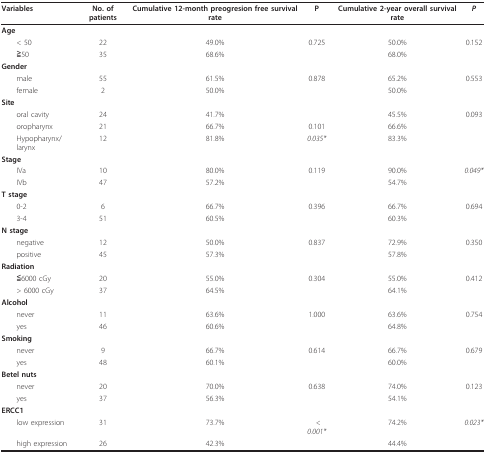
<table><thead><tr><td><b>Variables</b></td><td><b>No. of patients</b></td><td><b>Cumulative 12-month preogresion free survival rate</b></td><td><b>P</b></td><td><b>Cumulative 2-year overall survival rate</b></td><td><b><i>P</i></b></td></tr></thead><tbody><tr><td><b>Age</b></td><td></td><td></td><td></td><td></td><td></td></tr><tr><td> &lt; 50</td><td>22</td><td>49.0%</td><td>0.725</td><td>50.0%</td><td>0.152</td></tr><tr><td> ≧50</td><td>35</td><td>68.6%</td><td></td><td>68.0%</td><td></td></tr><tr><td><b>Gender</b></td><td></td><td></td><td></td><td></td><td></td></tr><tr><td> male</td><td>55</td><td>61.5%</td><td>0.878</td><td>65.2%</td><td>0.553</td></tr><tr><td> female</td><td>2</td><td>50.0%</td><td></td><td>50.0%</td><td></td></tr><tr><td><b>Site</b></td><td></td><td></td><td></td><td></td><td></td></tr><tr><td> oral cavity</td><td>24</td><td>41.7%</td><td></td><td>45.5%</td><td>0.093</td></tr><tr><td> oropharynx</td><td>21</td><td>66.7%</td><td>0.101</td><td>66.6%</td><td></td></tr><tr><td> Hypopharynx/larynx</td><td>12</td><td>81.8%</td><td><i>0.035*</i></td><td>83.3%</td><td></td></tr><tr><td><b>Stage</b></td><td></td><td></td><td></td><td></td><td></td></tr><tr><td> IVa</td><td>10</td><td>80.0%</td><td>0.119</td><td>90.0%</td><td><i>0.049*</i></td></tr><tr><td> IVb</td><td>47</td><td>57.2%</td><td></td><td>54.7%</td><td></td></tr><tr><td><b>T stage</b></td><td></td><td></td><td></td><td></td><td></td></tr><tr><td> 0-2</td><td>6</td><td>66.7%</td><td>0.396</td><td>66.7%</td><td>0.694</td></tr><tr><td> 3-4</td><td>51</td><td>60.5%</td><td></td><td>60.3%</td><td></td></tr><tr><td><b>N stage</b></td><td></td><td></td><td></td><td></td><td></td></tr><tr><td> negative</td><td>12</td><td>50.0%</td><td>0.837</td><td>72.9%</td><td>0.350</td></tr><tr><td> positive</td><td>45</td><td>57.3%</td><td></td><td>57.8%</td><td></td></tr><tr><td><b>Radiation</b></td><td></td><td></td><td></td><td></td><td></td></tr><tr><td> ≦6000 cGy</td><td>20</td><td>55.0%</td><td>0.304</td><td>55.0%</td><td>0.412</td></tr><tr><td> &gt; 6000 cGy</td><td>37</td><td>64.5%</td><td></td><td>64.1%</td><td></td></tr><tr><td><b>Alcohol</b></td><td></td><td></td><td></td><td></td><td></td></tr><tr><td> never</td><td>11</td><td>63.6%</td><td>1.000</td><td>63.6%</td><td>0.754</td></tr><tr><td> yes</td><td>46</td><td>60.6%</td><td></td><td>64.8%</td><td></td></tr><tr><td><b>Smoking</b></td><td></td><td></td><td></td><td></td><td></td></tr><tr><td> never</td><td>9</td><td>66.7%</td><td>0.614</td><td>66.7%</td><td>0.679</td></tr><tr><td> yes</td><td>48</td><td>60.1%</td><td></td><td>60.0%</td><td></td></tr><tr><td><b>Betel nuts</b></td><td></td><td></td><td></td><td></td><td></td></tr><tr><td> never</td><td>20</td><td>70.0%</td><td>0.638</td><td>74.0%</td><td>0.123</td></tr><tr><td> yes</td><td>37</td><td>56.3%</td><td></td><td>54.1%</td><td></td></tr><tr><td><b>ERCC1</b></td><td></td><td></td><td></td><td></td><td></td></tr><tr><td> low expression</td><td>31</td><td>73.7%</td><td><i> &lt; 0.001*</i></td><td>74.2%</td><td><i>0.023*</i></td></tr><tr><td> high expression</td><td>26</td><td>42.3%</td><td></td><td>44.4%</td><td></td></tr></tbody></table>